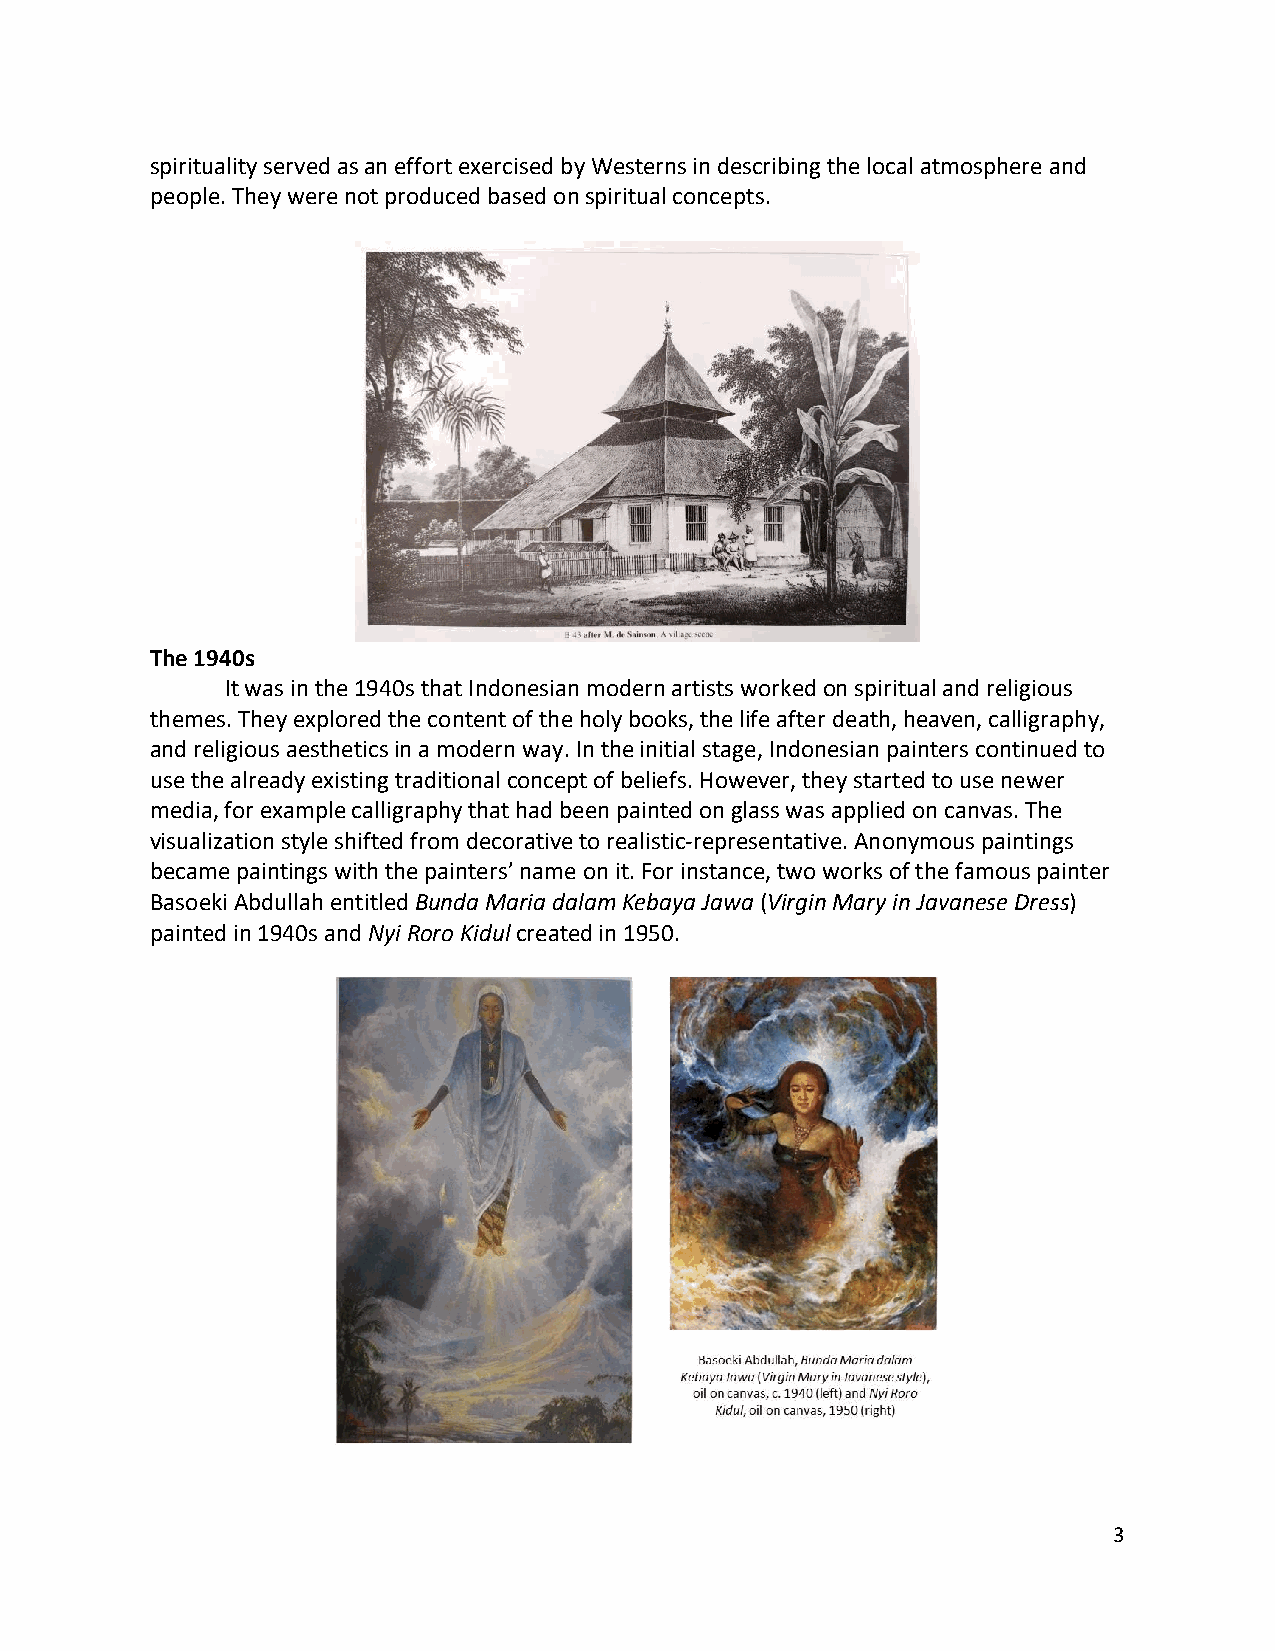
spirituality served as an effort exercised by Westerns in describing the local atmosphere and
 people. They were not produced based on spiritual concepts.
 The 1940s
 It was in the 1940s that Indonesian modern artists worked on spiritual and religious
 themes. They explored the content of the holy books, the life after death, heaven, calligraphy,
 and religious aesthetics in a modern way. In the initial stage, Indonesian painters continued to
 use the already existing traditional concept of beliefs. However, they started to use newer
 media, for example calligraphy that had been painted on glass was applied on canvas. The
 visualization style shifted from decorative to realistic-representative. Anonymous paintings
 became paintings with the painters’ name on it. For instance, two works of the famous painter
 Basoeki Abdullah entitled Bunda Maria dalam Kebaya Jawa (Virgin Mary in Javanese Dress)
 painted in 1940s and Nyi Roro Kidul created in 1950.
 3